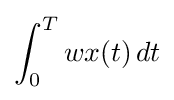
\int _{0}^{T}wx(t)\,dt